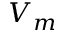
V _ { m }